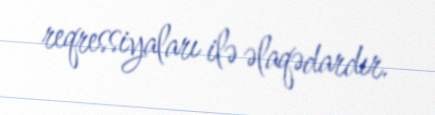
reqressiyaları ilə əlaqədardır.